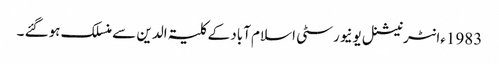
1983ءانٹرنیشنل یونیورسٹی اسلام آباد کے کلیۃ الدین سے منسلک ہوگئے ۔